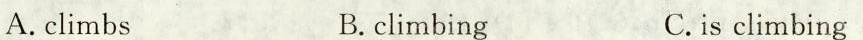
A.climbs B.climbing C.is climbing